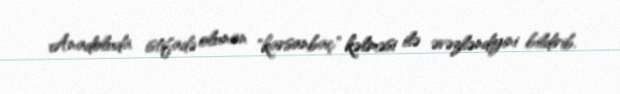
Anadoluda istifadə olunan "karsanbaç" kəlməsi ilə əvəzləndiyini bildirib.